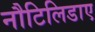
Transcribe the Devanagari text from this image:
नौटिलिडाए